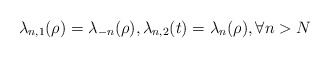
\begin{align*}\lambda_{n,1}(\rho)=\lambda_{-n}(\rho),\lambda_{n,2}(t)=\lambda_{n}(\rho),\forall n>N\end{align*}